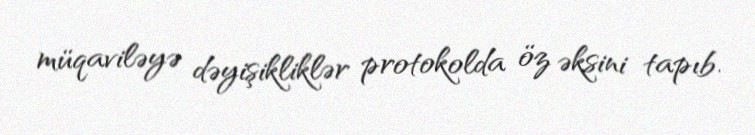
müqaviləyə dəyişikliklər protokolda öz əksini tapıb.